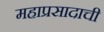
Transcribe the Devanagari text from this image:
महाप्रसादाची